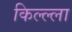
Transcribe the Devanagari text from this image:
किल्ल्ला